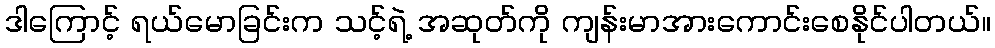
ဒါကြောင့် ရယ်မောခြင်းက သင့်ရဲ့ အဆုတ်ကို ကျန်းမာအားကောင်းစေနိုင်ပါတယ်။